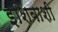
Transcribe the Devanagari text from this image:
इशिबाशी